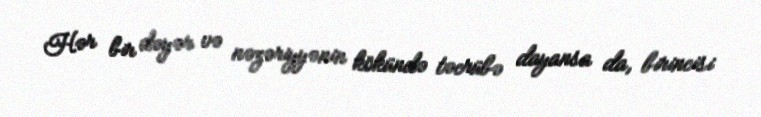
Hər bir dəyər və nəzəriyyənin kökündə təcrübə dayansa da, birincisi